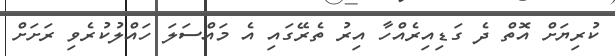
ކުރިޔަށް އޮތް ދެ ގަޑިއިރެއްހާ އިރު ތެރޭގައި އެ މައްސަލަ ހައްލުކުރެވި ރަށަށް